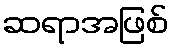
ဆရာအဖြစ်